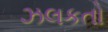
ઝલકતો